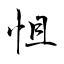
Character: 怚